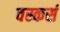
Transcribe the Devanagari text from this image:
वस्कर्स